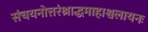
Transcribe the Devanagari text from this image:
संचयनोत्तरंश्राद्धमाहाश्वलायनः